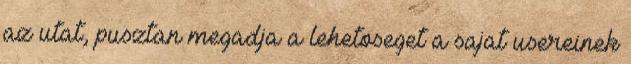
az utat, pusztan megadja a lehetoseget a sajat usereinek